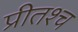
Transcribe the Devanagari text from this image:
प्रीतश्च